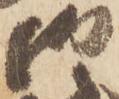
御